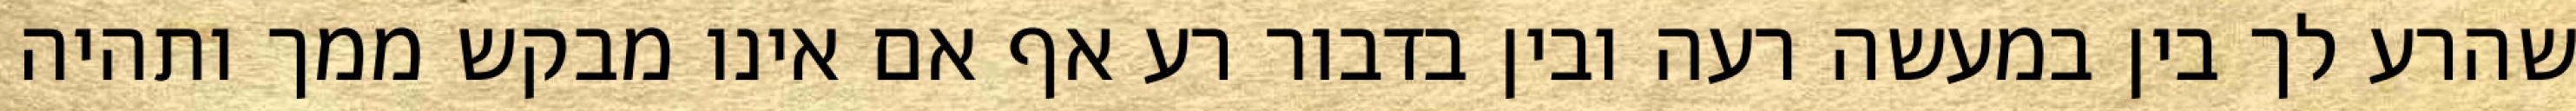
שהרע לך בין במעשה רעה ובין בדבור רע אף אם אינו מבקש ממך ותהיה